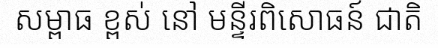
សម្ពាធ ខ្ពស់ នៅ មន្ទីរពិសោធន៍ ជាតិ